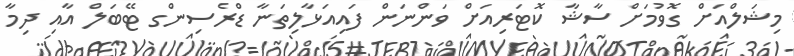
މިޝަލްއަށް ގޮވުމަށް ސާޝާ ކޮޓަރިއަށް ވަންނަން ފައިއަޅާލިތަނާ ޑްރެސިންގ ޓޭބަލް އާއި ދިމާ